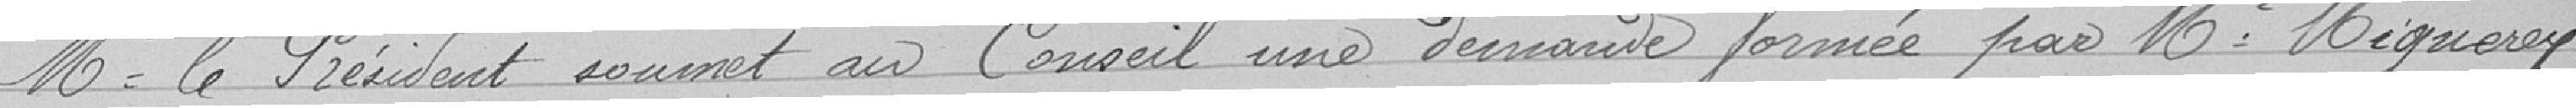
Monsieur le Président soumet au Conseil une demande formée par Monsieur Mignerey